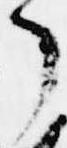
了